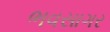
ભવસાગર